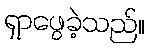
ရှာဖွေခဲ့သည်။